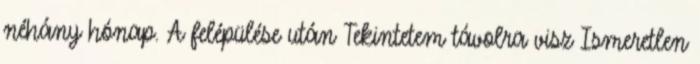
néhány hónap. A felépülése után Tekintetem távolra visz Ismeretlen